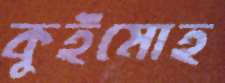
কুইমোহ